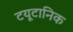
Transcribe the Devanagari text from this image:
टयूटानिक